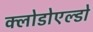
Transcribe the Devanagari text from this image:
क्लोडोएल्डो